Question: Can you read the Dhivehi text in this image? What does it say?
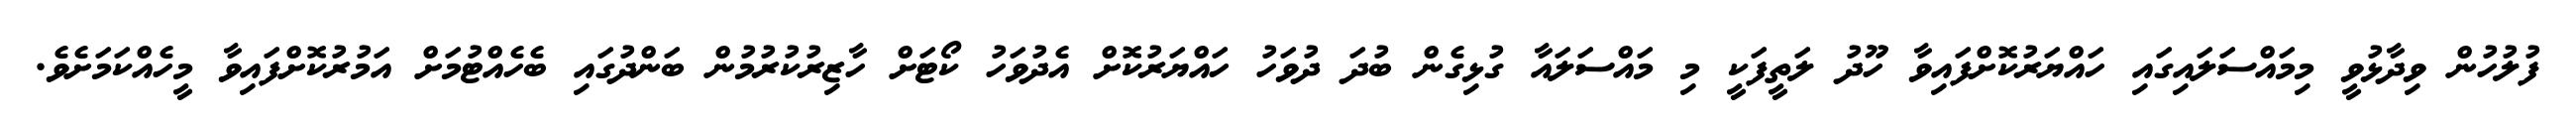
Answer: ފުލުހުން ވިދާޅުވީ މިމައްސަލައިގައި ހައްޔަރުކޮށްފައިވާ ހޫދު ލަތީފަކީ މި މައްސަލައާ ގުޅިގެން ބުދަ ދުވަހު ހައްޔަރުކޮށް އެދުވަހު ކޯޓަށް ހާޒިރުކުރުމުން ބަންދުގައި ބެހެއްޓުމަށް އަމުރުކޮށްފައިވާ މީހެއްކަމަށެވެ.